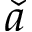
\check { a }